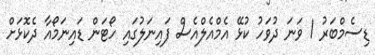
ޑިސެމްބަރު 1 ވަނަ ދުވަހު ކުޅޭ އެމްއެލްއެސް ފައިނަލުގައި ހޯޓަން ޑައިނަމޯއާ ދެކޮޅަށް